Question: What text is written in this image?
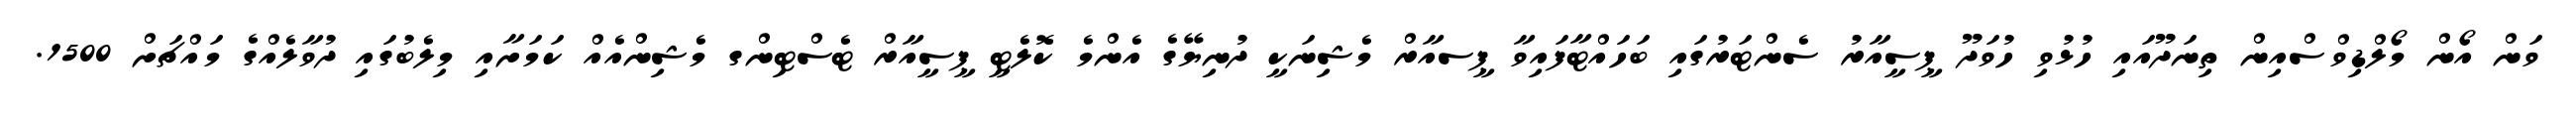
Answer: ވަން އޯން މޯލްޑިވްސްއިން ތިނަދޫއައި ހުޅުވި ހުވަދޫ ޕީސީއާރު ސެންޓަރުގައި ބަހައްޓާފައިވާ ޕީސއާރް މެޝިނަކީ ދުނިޔޭގެ އެންމެ ކޮލެޓީ ޕީސީއާރް ޓެސްޓިންގ މެޝިންއެއް ކަމަށާއި މިލެބުގައި ދުވާލެއްގެ މައްޗަށް 1500.